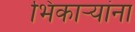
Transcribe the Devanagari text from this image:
भिकाऱ्यांना